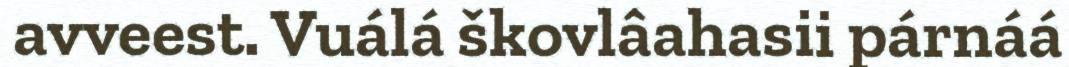
avveest. Vuálá škovlâahasii párnáá